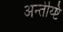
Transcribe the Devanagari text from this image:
अन्तेय्ष्टि